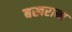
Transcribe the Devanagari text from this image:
बखराना